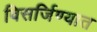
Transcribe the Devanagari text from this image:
विसर्जिण्यात